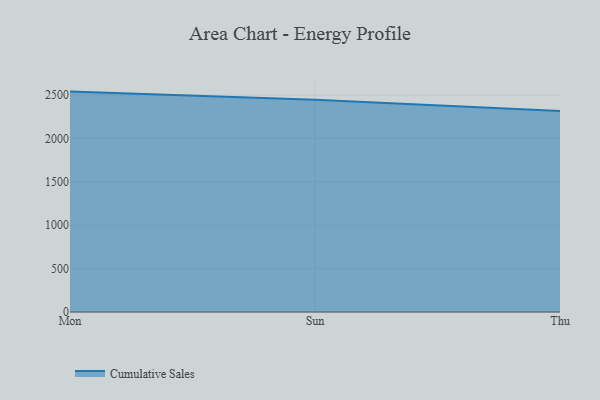
{"axis": {"x": "Day", "y": "Shipments"}, "legend": ["Cumulative Sales"], "data": [{"x": "Mon", "y": 2539.4, "type": "Cumulative Sales"}, {"x": "Sun", "y": 2445.8, "type": "Cumulative Sales"}, {"x": "Thu", "y": 2316.5, "type": "Cumulative Sales"}]}